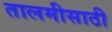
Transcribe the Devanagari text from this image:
तालमीसाठी